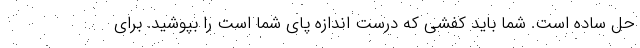
حل ساده است. شما باید کفشی که درست اندازه پای شما است را بپوشید. برای